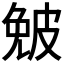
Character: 𤿯